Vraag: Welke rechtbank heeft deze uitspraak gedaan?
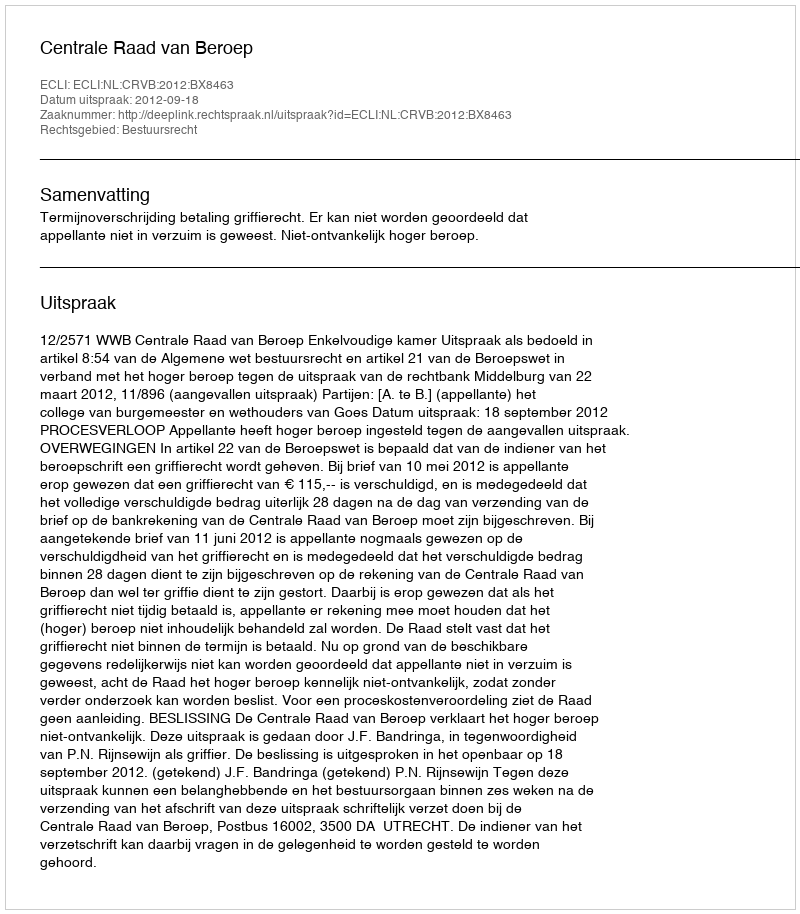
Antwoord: Centrale Raad van Beroep